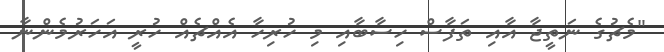
"މެޗުގެ ނަތީޖާ އާއި ތަފާސް ހިސާބާއި މި ހުރިހާ އެއްޗެއް ހުރީ އަހަރުމެންނާ